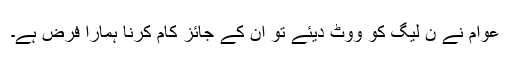
عوام نے ن لیگ کو ووٹ دیئے تو ان کے جائز کام کرنا ہمارا فرض ہے۔